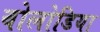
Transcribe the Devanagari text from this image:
वोलोडिया